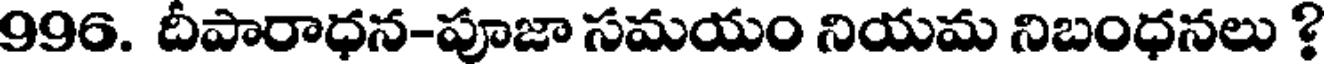
996. దీపారాధన-పూజా సమయం నియమ నిబంధనలు ?